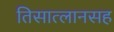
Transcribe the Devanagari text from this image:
तिसात्लानसह